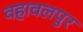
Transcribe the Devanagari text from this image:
वहावलपुर